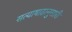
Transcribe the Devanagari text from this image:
सत्याषाढानुसारी